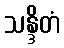
သန္ဒိတံ